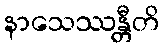
နာသေဿန္တီတိ